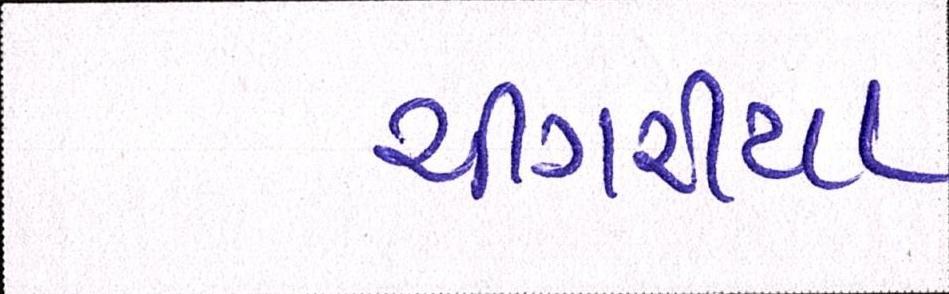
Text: ચીંગરીયા